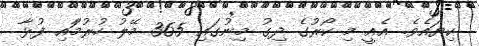
ކިޔައެވެ. އެއީ މި ކޯރުގެ ދިގު މިނުގައި 365 މޭލު ހުރުމާައި ފުޅާ